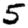
Digit: 5